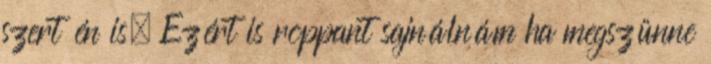
szert én is. Ezért is roppant sajnálnám ha megszünne